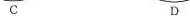
C D